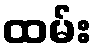
ထမ်း